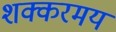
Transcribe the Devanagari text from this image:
शक्करमय